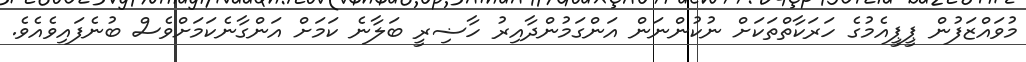
މުވައްޒަފުން ޕީޕީއެމުގެ ހަރަކާތްތަކަށް ނުކުންނަން އަންގަމުންދާއިރު ހާޟިރީ ބަލާނެ ކަމަށް އަންގާނެކަމަށްވެސް ބުނެފައިވެއެވެ.